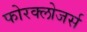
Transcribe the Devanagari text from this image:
फोरक्लोजर्स